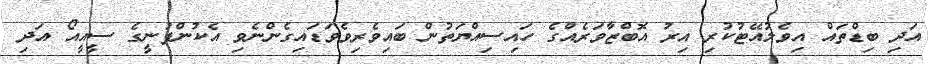
އަދި ބިޑްތައް އިވެލުއޭޓުކުރި އިރު އޮބްޒާވަރެއްގެ ހައިސިއްޔަތުން ބައިވެރިވެވަޑައިގެންނެވި އެކުންފުނީގެ ސީއީއޯ އަދި